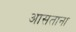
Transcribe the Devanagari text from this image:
आसताना